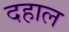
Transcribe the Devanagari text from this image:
दहाल